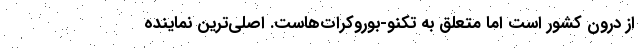
از درون کشور است اما متعلق به تکنو-بوروکرات‌هاست. اصلی‌ترین نماینده